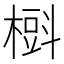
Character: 𣙞